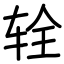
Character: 辁